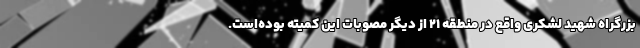
بزرگراه شهید لشکری واقع در منطقه ۲۱ از دیگر مصوبات این کمیته بوده‌است.